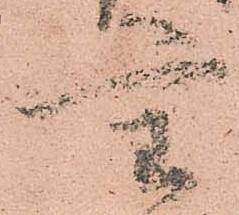
重